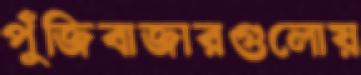
পুঁজিবাজারগুলোয়